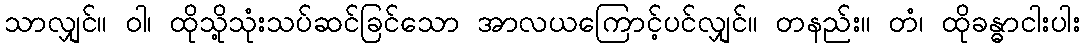
သာလျှင်။ ဝါ၊ ထိုသို့သုံးသပ်ဆင်ခြင်သော အာလယကြောင့်ပင်လျှင်။ တနည်း။ တံ၊ ထိုခန္ဓာငါးပါး